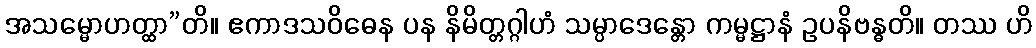
အသမ္မောဟတ္ထာ”တိ။ ဧကာဒသဝိဓေန ပန နိမိတ္တဂ္ဂါဟံ သမ္ပာဒေန္တော ကမ္မဋ္ဌာနံ ဥပနိဗန္ဓတိ။ တဿ ဟိ